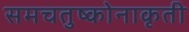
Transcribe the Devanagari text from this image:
समचतुष्कोनाकृती